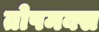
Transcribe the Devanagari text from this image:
तोपमक्स